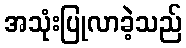
အသုံးပြုလာခဲ့သည်